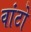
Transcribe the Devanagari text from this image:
वांटो